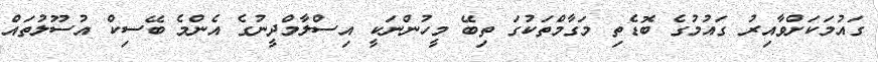
ގައުމަކަށްވާއިރު ގައުމުގެ ބޮޑެތި މަގާމްތަކުގަ ތިބޭ މީހުންނަކީ އިސްލާމްދީނުގެ އެންމެ ބޭސިކް އުސޫލުތައް